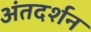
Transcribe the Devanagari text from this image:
अंतदर्शन